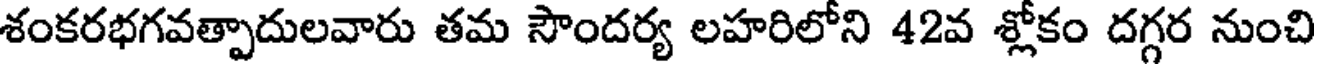
శంకరభగవత్పాదులవారు తమ సౌందర్య లహరిలోని 42వ శ్లోకం దగ్గర నుంచి